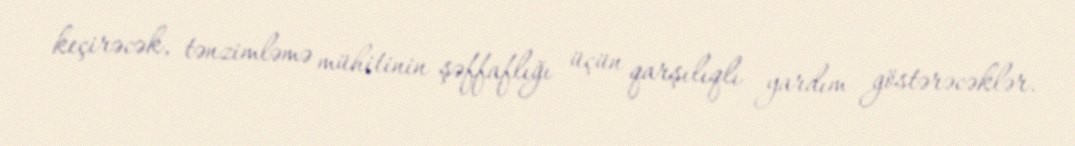
keçirəcək, tənzimləmə mühitinin şəffaflığı üçün qarşılıqlı yardım göstərəcəklər.